Sketch of the medical history of the native army of Bombay, for the year
Year: 1872
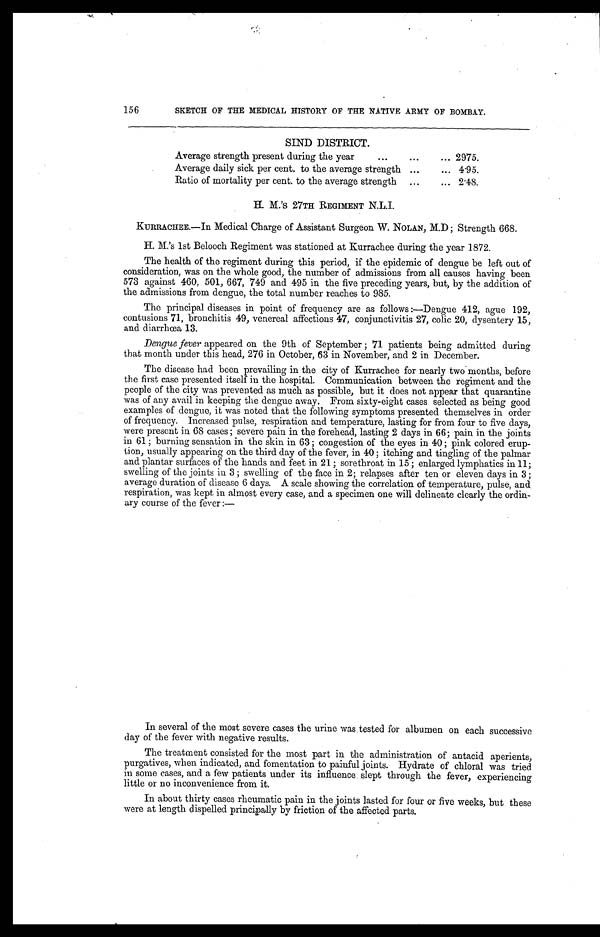
156
SKETCH OF THE MEDICAL HISTORY OF THE NATIVE ARMY OF BOMBAY.
SIND DISTRICT.
Average strength present during the year . . .
2975.
Average daily sick per cent. to the average strength . . .
4.95.
Ratio of mortality per cent. to the average strength . . .
2.48.
H. M.'s 27TH REGIMENT N.L.I.
KURRACHEE.—In Medical Charge of Assistant Surgeon W. NOLAN, M.D; Strength 668.
H. M.'s 1st Belooch Regiment was stationed at Kurrachee during the year 1872.
The health of the regiment during this period, if the epidemic of dengue be left out of
consideration, was on the whole good, the number of admissions from all causes having been
573 against 460, 501, 667, 749 and 495 in the five preceding years, but, by the addition of
the admissions from dengue, the total number reaches to 985.
The principal diseases in point of frequency are as follows:—Dengue 412, ague 192,
contusions 71, bronchitis 49, venereal affections 47, conjunctivitis 27, colic 20, dysentery 15,
and diarrhœa 13.
Dengue fever appeared on the 9th of September; 71 patients being admitted during
that month under this head, 276 in October, 63 in November, and 2 in December.
The disease had been prevailing in the city of Kurrachee for nearly two months, before
the first case presented itself in the hospital. Communication between the regiment and the
people of the city was prevented as much as possible, but it does not appear that quarantine
was of any avail in keeping the dengue away. From sixty-eight cases selected as being good
examples of dengue, it was noted that the following symptoms presented themselves in order
of frequency. Increased pulse, respiration and temperature, lasting for from four to five days,
were present in 68 cases; severe pain in the forehead, lasting 2 days in 66; pain in the joints
in 61; burning sensation in the skin in 63; congestion of the eyes in 40; pink colored erup
-tion, usually appearing on the third day of the fever, in 40; itching and tingling of the palmar
and plantar surfaces of the hands and feet in 21; sorethroat in 15; enlarged lymphatics in 11;
swelling of the joints in 3; swelling of the face in 2; relapses after ten or eleven days in 3;
average duration of disease 6 days. A scale showing the correlation of temperature, pulse, and
respiration, was kept in almost every case, and a specimen one will delineate clearly the ordin
-ary course of the fever:—
In several of the most severe cases the urine was tested for albumen on each successive
day of the fever with negative results.
The treatment consisted for the most part in the administration of antacid aperients,
purgatives, when indicated, and fomentation to painful joints. Hydrate of chloral was tried
in some cases, and a few patients under its influence slept through the fever, experiencing
little or no inconvenience from it.
In about thirty cases rheumatic pain in the joints lasted for four or five weeks, but these
were at length dispelled principally by friction of the affected parts.